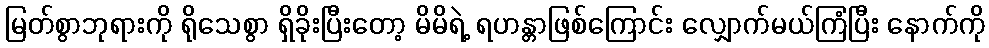
မြတ်စွာဘုရားကို ရိုသေစွာ ရှိခိုးပြီးတော့ မိမိရဲ့ ရဟန္တာဖြစ်ကြောင်း လျှောက်မယ်ကြံပြီး နောက်ကို